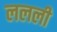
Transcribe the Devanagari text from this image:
ललली